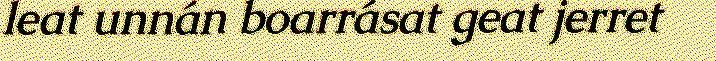
leat unnán boarrásat geat jerret